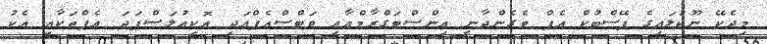
މިދެކޭ ނޫކުލައިގެ ފޭސްބުކް އެޕް ވެގެންދާނީ އިންސްޓަގްރާމްއާއި ވަޓްސްއެޕްއަދި އޮކިއުލަސްފަދަ އެޕްތަކާއި އެކު